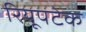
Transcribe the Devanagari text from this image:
रियूपटेक